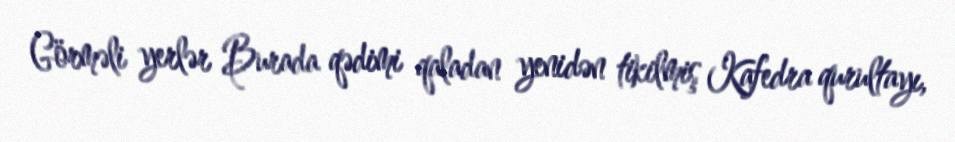
Görməli yerlər Burada qədimi qaladan yenidən tikilmiş Kafedra qurultayı,